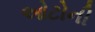
ઓટોની